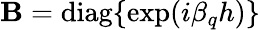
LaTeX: \mathbf{B}=\mathrm{{diag}}\{ \exp(i\beta_{q}h)\}